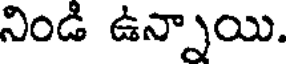
నిండి ఉన్నాయి.